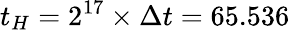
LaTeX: t_{H}=2^{17}\times\Delta t=65.536